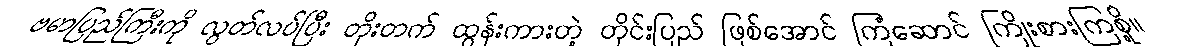
ဗမာပြည်ကြီးကို လွတ်လပ်ပြီး တိုးတက် ထွန်းကားတဲ့ တိုင်းပြည် ဖြစ်အောင် ကြံဆောင် ကြိုးစားကြစို့။